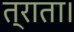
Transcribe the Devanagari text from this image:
त्राता।